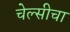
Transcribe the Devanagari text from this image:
चेल्सीचा